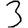
Digit: 3